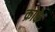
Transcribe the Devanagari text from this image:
क्रोके